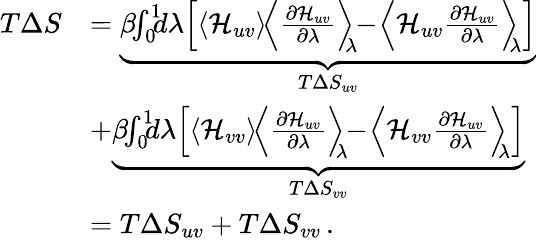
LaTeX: \begin{array}{rl}{T\Delta S}&{=\underbrace{\beta\! \! \int_{0}^{1}\! \! \! d\lambda\! \left[\langle\mathcal{H}_{uv}\rangle\! \left\langle\frac{\partial\mathcal{H}_{uv}}{\partial\lambda}\right\rangle_{\! \! \lambda}\! \! -\! \left\langle\mathcal{H}_{uv}\frac{\partial\mathcal{H}_{uv}}{\partial\lambda}\right\rangle_{\! \! \lambda}\right]}_{T\Delta S_{uv}}}\\ &{+\underbrace{\beta\! \! \int_{0}^{1}\! \! \! d\lambda\! \left[\langle\mathcal{H}_{vv}\rangle\! \left\langle\frac{\partial\mathcal{H}_{uv}}{\partial\lambda}\right\rangle_{\! \! \lambda}\! \! -\! \left\langle\mathcal{H}_{vv}\frac{\partial\mathcal{H}_{uv}}{\partial\lambda}\right\rangle_{\! \! \lambda}\right]}_{T\Delta S_{vv}}}\\ &{=T\Delta S_{uv}+T\Delta S_{vv}\, .}\end{array}